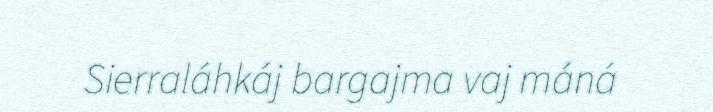
Sierraláhkáj bargajma vaj máná